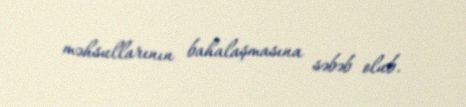
məhsullarının bahalaşmasına səbəb olub.